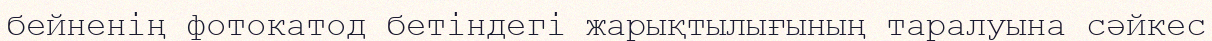
бейненің фотокатод бетіндегі жарықтылығының таралуына сәйкес